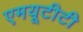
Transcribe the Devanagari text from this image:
एमयूटीटी